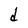
Character: d